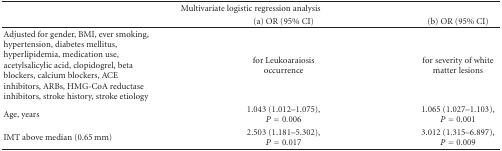
| <COLSPAN=3> Multivariate logistic regression analysis |
 |  | (a) OR (95% CI) | (b) OR (95% CI) |
 | --- | --- | --- |
 | Adjusted for gender, BMI, ever smoking, hypertension, diabetes mellitus, hyperlipidemia, medication use, acetylsalicylic acid, clopidogrel, beta blockers, calcium blockers, ACE inhibitors, ARBs, HMG-CoA reductase inhibitors, stroke history, stroke etiology | for Leukoaraiosis occurrence | for severity of white matter lesions |
 | Age, years | 1.043 (1.012–1.075), P = 0.006 | 1.065 (1.027–1.103), P = 0.001 |
 | IMT above median (0.65 mm) | 2.503 (1.181–5.302), P = 0.017 | 3.012 (1.315–6.897), P = 0.009 |